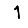
Digit: 1